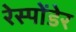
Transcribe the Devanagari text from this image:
रेस्पोंडेर